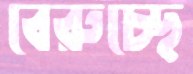
বেরুচ্ছে